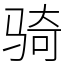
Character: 骑